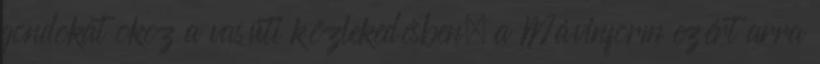
gondokat okoz a vasúti közlekedésben, a Mávinform ezért arra